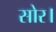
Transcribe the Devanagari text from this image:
सोर।